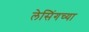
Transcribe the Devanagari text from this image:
लेसिंगच्या